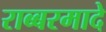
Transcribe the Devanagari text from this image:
राब्बरमादे